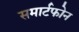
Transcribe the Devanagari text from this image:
समार्टफोन